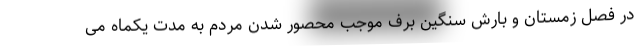
در فصل زمستان و بارش سنگین برف موجب محصور شدن مردم به مدت یکماه می